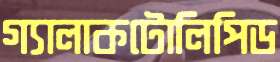
গ্যালাকটোলিপিড